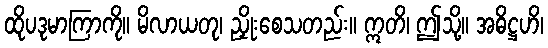
ထိုပဒုမာကြာကို။ မိလာယတု၊ ညှိုးစေသတည်း။ ဣတိ၊ ဤသို့။ အဓိဋ္ဌဟိ၊